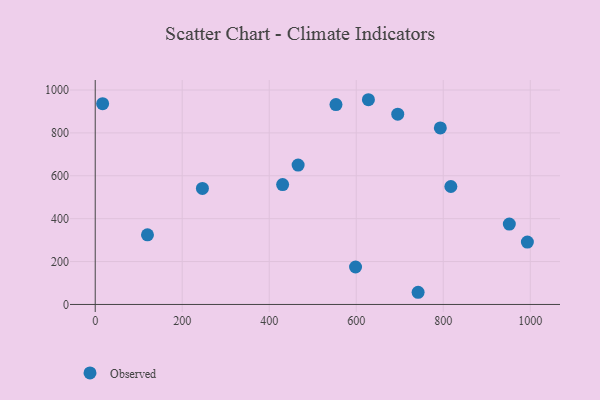
{"axis": {"x": "Engine Size", "y": "Demand"}, "legend": ["Observed"], "data": [{"x": "120.1", "y": 324.9, "type": "Observed"}, {"x": "430.8", "y": 558.8, "type": "Observed"}, {"x": "628.0", "y": 954.6, "type": "Observed"}, {"x": "695.4", "y": 887.1, "type": "Observed"}, {"x": "246.4", "y": 541.2, "type": "Observed"}, {"x": "793.3", "y": 823.1, "type": "Observed"}, {"x": "742.2", "y": 56.8, "type": "Observed"}, {"x": "993.4", "y": 290.8, "type": "Observed"}, {"x": "466.4", "y": 650.0, "type": "Observed"}, {"x": "951.9", "y": 375.0, "type": "Observed"}, {"x": "598.4", "y": 174.6, "type": "Observed"}, {"x": "817.5", "y": 549.9, "type": "Observed"}, {"x": "17.0", "y": 936.2, "type": "Observed"}, {"x": "553.4", "y": 931.9, "type": "Observed"}]}